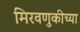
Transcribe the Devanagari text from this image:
मिरवणुकीच्या